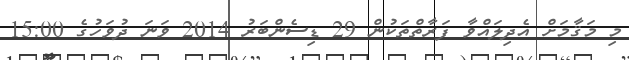
މި މަޤާމަށް އެދިލައްވާ ފަރާތްތަކުން 29 ޑިސެންބަރު 2014 ވަނަ ދުވަހުގެ 15:00